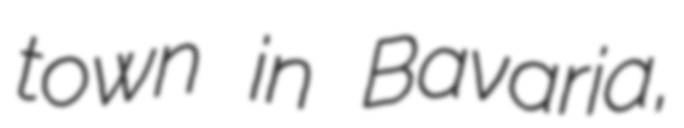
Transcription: town in Bavaria,